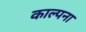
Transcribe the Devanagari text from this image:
काल्पना